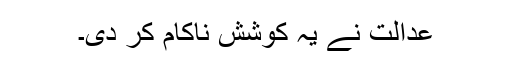
عدالت نے یہ کوشش ناکام کر دی۔